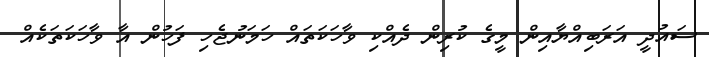
ސައުދީ އަރަބިއްޔާއިން މީގެ ކުރިން ދެއްކި ވާހަކަތައް ހަމަނުޖެހި ފަހުން އާ ވާހަކަތަކެއް